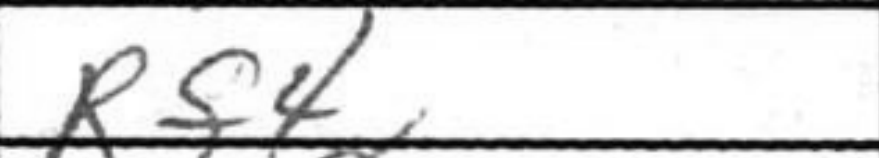
Transcription: Rf4